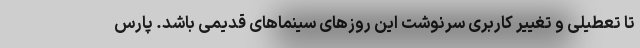
تا تعطیلی و تغییر کاربری سرنوشت این روزهای سینماهای قدیمی باشد. پارس